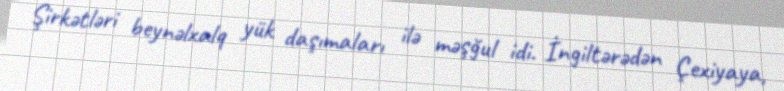
Şirkətləri beynəlxalq yük daşımaları ilə məşğul idi. İngiltərədən Çexiyaya,